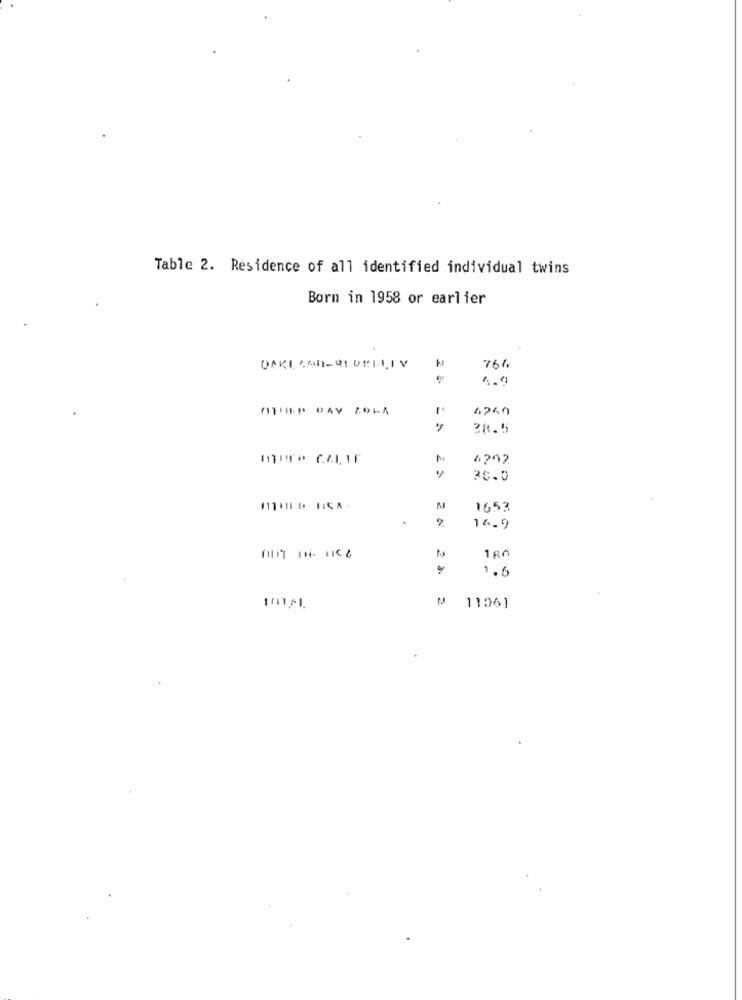
Table 2. Residence of all identified individual twins
Born in 1958 or earlier
2
761
ATIIEP DAY AOLA
4760
28.5
OTUTO CALIF
30.0
1653
180
1.6
101-1
1106]